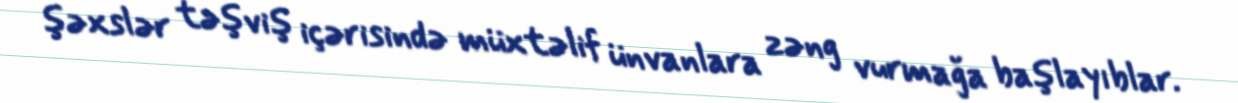
şəxslər təşviş içərisində müxtəlif ünvanlara zəng vurmağa başlayıblar.